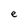
Character: e